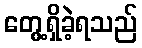
တွေ့ရှိခဲ့ရသည်